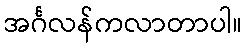
အင်္ဂလန်ကလာတာပါ။